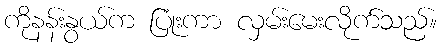
ကိုနန်းနွယ်က ပြုံးကာ လှမ်းမေးလိုက်သည်။